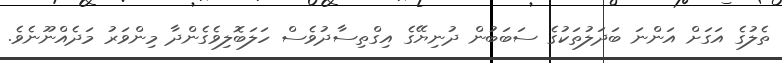
ތެލުގެ އަގަށް އަންނަ ބަދަލުތަކުގެ ސަބަބުން ދުނިޔޭގެ އިގްތިސާދުވެސް ހަލަބޮލިވެގެންދާ މިންވަރު މަދެއްނޫނެވެ.